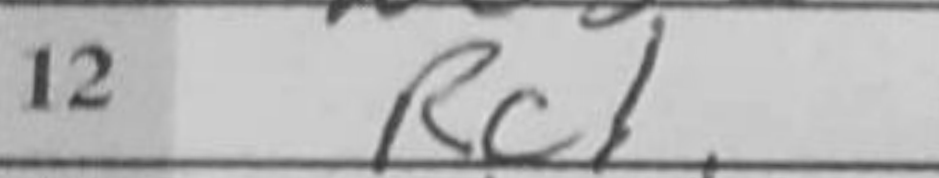
Transcription: Rc1